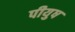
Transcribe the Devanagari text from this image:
पीयुष